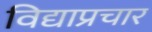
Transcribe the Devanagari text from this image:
विद्याप्रचार